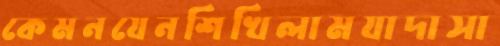
কেমনযেনশিখিলামযাদাসা